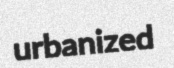
urbanized